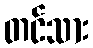
တင်သား